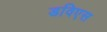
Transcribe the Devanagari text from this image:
डविएस